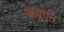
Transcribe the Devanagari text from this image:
अदृएन